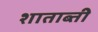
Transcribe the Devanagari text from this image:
शाताब्ती